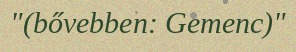
"(bővebben: Gemenc)"